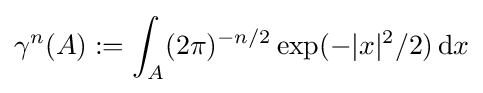
\gamma ^{n}(A):=\int _{A}(2\pi )^{-n/2}\exp(-|x|^{2}/2)\,\mathrm {d} x